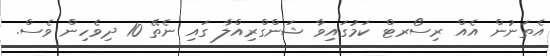
އެތަނުން އެއް ރިސޯރޓް ކަމުގައިވާ ޝަންގްރިއްލާ ގައި ނެތޭ 10 ދިވެހިން ވެސް.